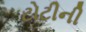
ટોટીની